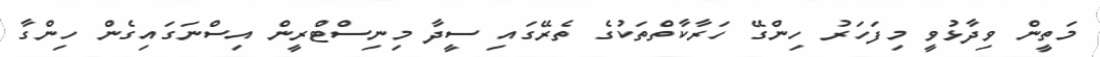
މަތީން ވިދާޅުވީ މިފަހަރު ހިންގޭ ހަރާކާތްތަކުގެ ތެރޭގައި ސީދާ މިނިސްޓްރީން އިސްނަގައިގެން ހިންގާ